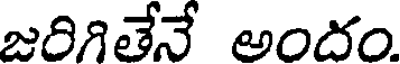
జరిగితేనే అందం